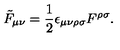
\tilde { F } _ { \mu \nu } = \frac { 1 } { 2 } \epsilon _ { \mu \nu \rho \sigma } F ^ { \rho \sigma } .